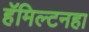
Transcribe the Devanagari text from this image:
हॅमिल्टनहा